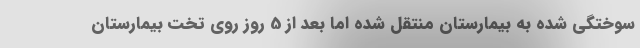
سوختگی شده به بیمارستان منتقل شده اما بعد از 5 روز روی تخت بیمارستان